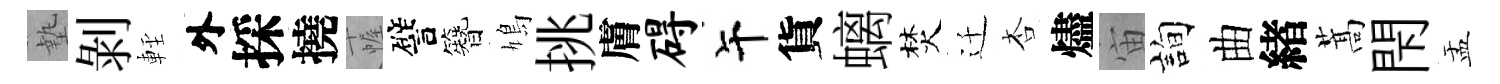
墊剝䡖外採撓幄譬簪鳩挑膚碍午貨螭焚迁杏燼宙詢曲緖蒿閇盂